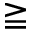
\geqq